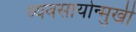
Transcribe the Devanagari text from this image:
व्यवसायोन्मुखी